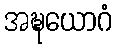
အဍ္ဎယောဂံ